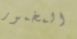
المخمور